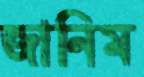
জানিম